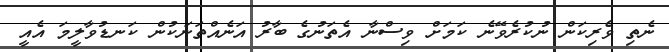
ނެތި ވެރިކަން ނުކުރެވޭނެ ކަމަށް ވިސްނާ އެތަނުގެ ބާރު އަނެއްތަނަކުން ކަނޑުވާލީމަ އެއީ